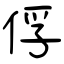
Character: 俘